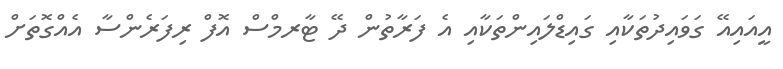
އީއައިއޭ ގަވައިދުތަކާއި ގައިޑްލައިންތަކާއި އެ ފަރާތުން ދޭ ޓާރމްސް އޮފް ރިފަރެންސާ އެއްގޮތަށް